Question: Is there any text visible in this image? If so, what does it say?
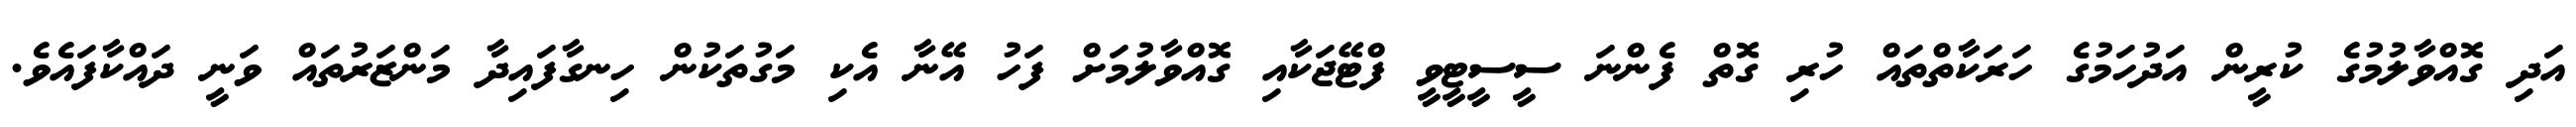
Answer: އަދި ގޮއްވާލުމުގެ ކުރީން އަދުހަމުގެ ހަރަކާތްތައް ހުރި ގޮތް ފެންނަ ސީސީޓީވީ ފްޓޭޖަކާއި ގޮއްވާލުމަށް ފަހު އޭނާ އެކި މަގުތަކުން ހިނގާފައިދާ މަންޒަރުތައް ވަނީ ދައްކާފައެވެ.